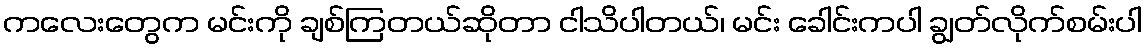
ကလေးတွေက မင်းကို ချစ်ကြတယ်ဆိုတာ ငါသိပါတယ်၊ မင်း ခေါင်းကပါ ချွတ်လိုက်စမ်းပါ